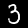
Digit: 3